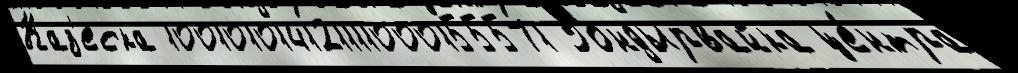
Каз'еска 100101014121111000155571 Гондырвайка це́нтра